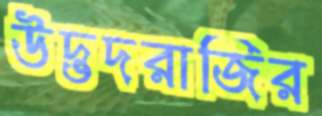
উদ্ভদরাজির